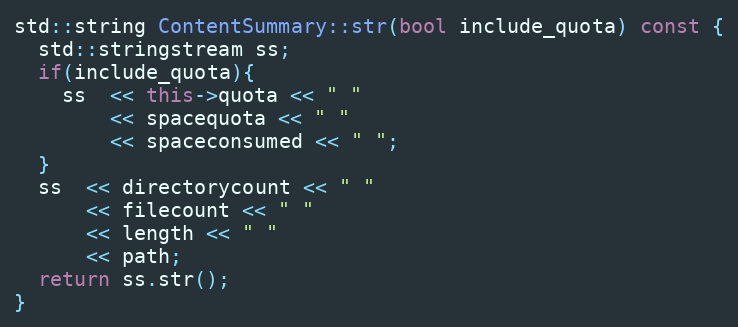
Language: C++
std::string ContentSummary::str(bool include_quota) const {
  std::stringstream ss;
  if(include_quota){
    ss  << this->quota << " "
        << spacequota << " "
        << spaceconsumed << " ";
  }
  ss  << directorycount << " "
      << filecount << " "
      << length << " "
      << path;
  return ss.str();
}